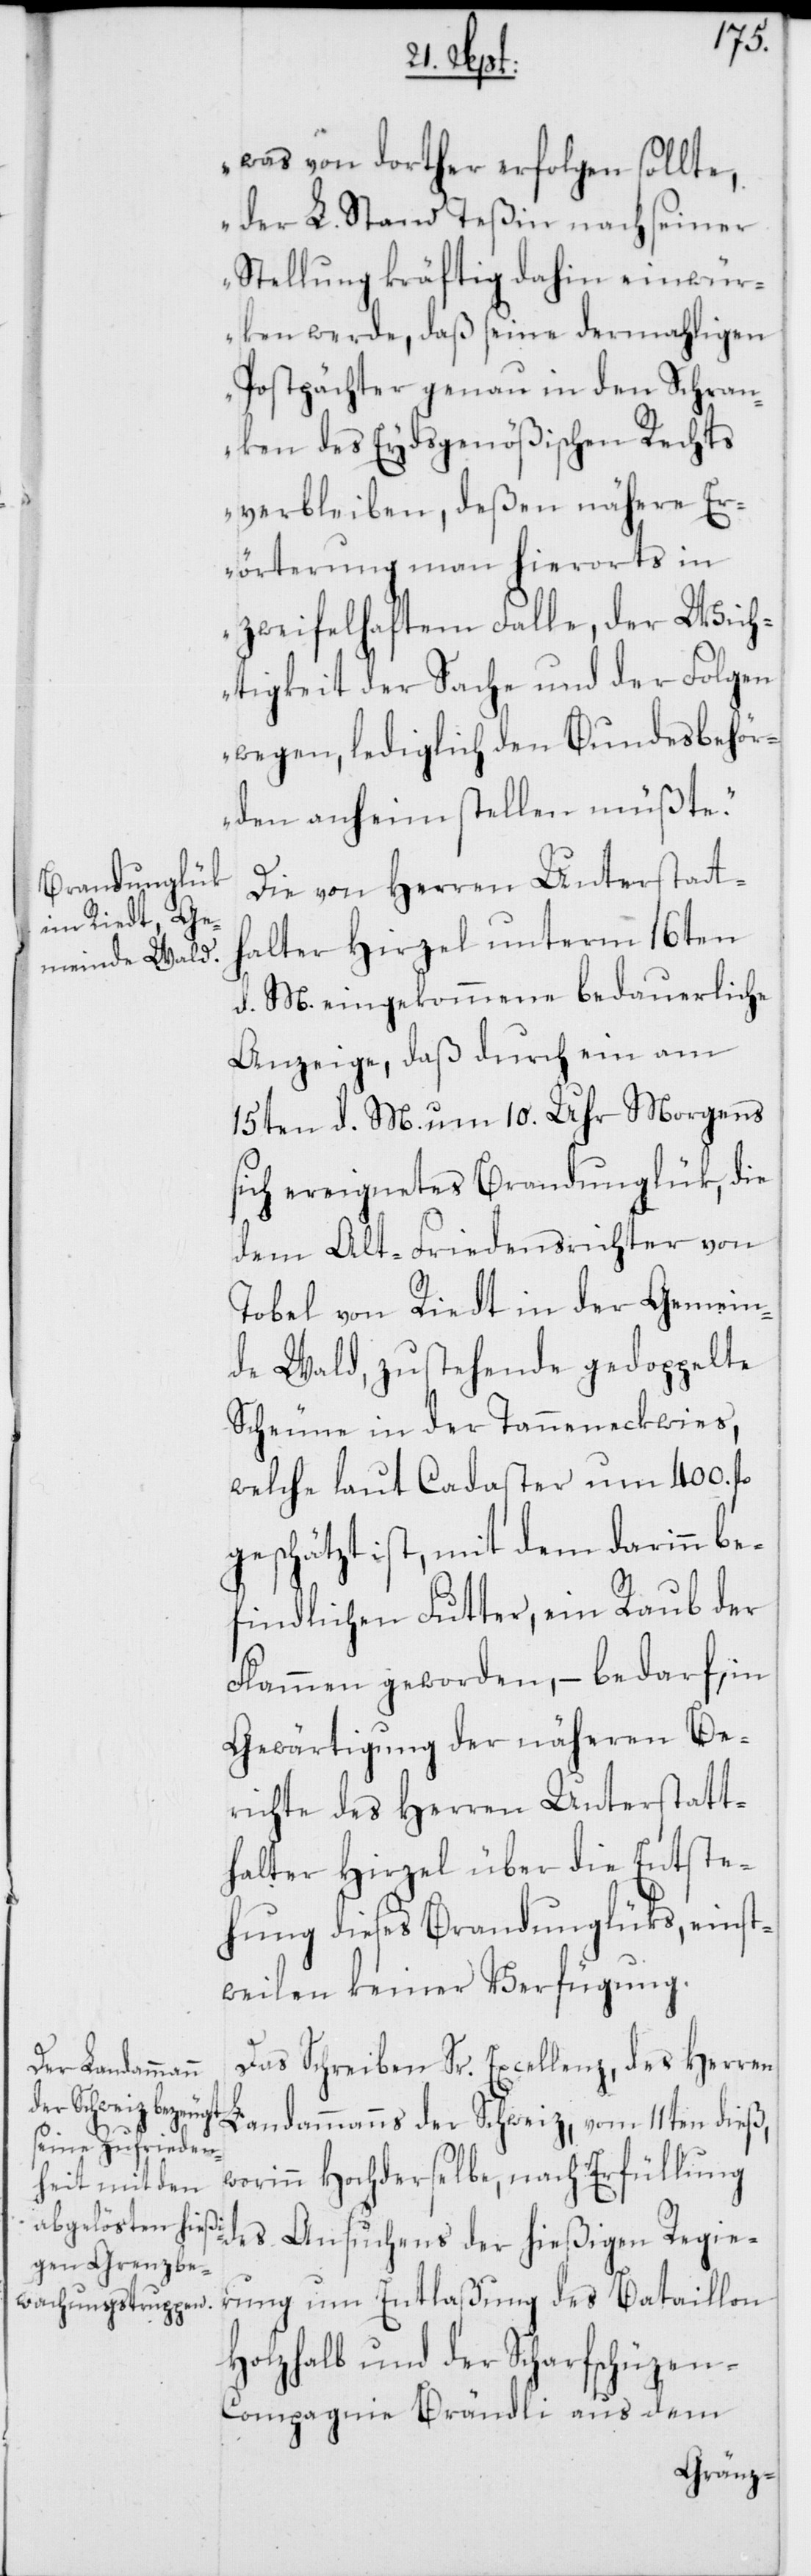
was von dorther erfolgen sollte,
der L. Stand Teßin nach seiner
Stellung kräftig dahin einwür¬
ken werde, daß seine dermahligen
Postpächter genau in den Schran¬
ken des Eydsgenößischen Rechts
verbleiben, deßen nähere Er¬
örterung man hierorts in
zweifelhaftem Falle, der Wich¬
tigkeit der Sache und der Folgen
wegen, lediglich den Bundesbehör¬
den anheim stellen müßte.“
Die von Herren Unterstatt¬
halter Hirzel unterm 16ten
d. M. eingekommene bedauerliche
Anzeige, daß durch ein am
15ten d. M. um 10. Uhr Morgens
sich ereignetes Brandunglük, die
dem Alt-Friedensrichter von
Tobel von Riedt in der Gemein¬
de Wald, zustehende gedoppelte
Scheune in der Tanneneckwies,
welche laut Cadaster um 400. fl.
geschätzt ist, mit dem darinn be¬
findlichen Futter, ein Raub der
Flammen geworden, – bedarf, in
Gewärtigung der näheren Be¬
richte des Herren Unterstatt¬
halter Hirzel über die Entste¬
hung dieses Brandunglüks, einst¬
weilen keiner Verfügung.
Das Schreiben Sr. Excellenz, des Herren
Landammanns der Schweiz, vom 11ten dieß,
worinn Hochderselbe, nach Erfüllung
des Ansuchens der hießigen Regie¬
rung um Entlaßung des Bataillon
Holzhalb und der Scharfschüze¬
n-Compagnie Brändli aus dem